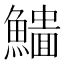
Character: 𩻨